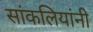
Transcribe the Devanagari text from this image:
सांकलियांनी